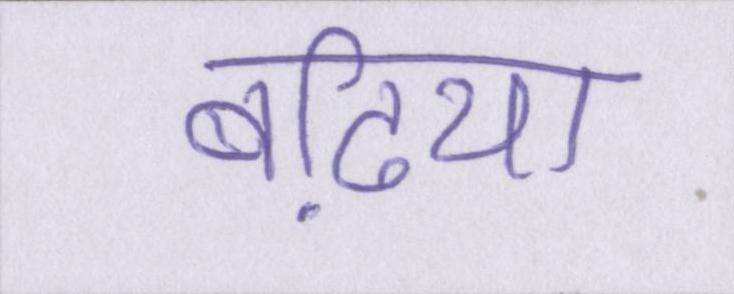
बढि़या